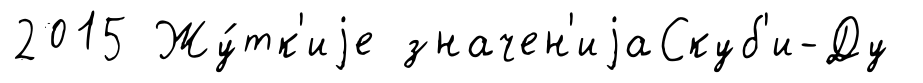
2015 Жу́тк'иjе значен'иjаСкуб'и-Ду